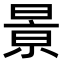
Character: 㬌